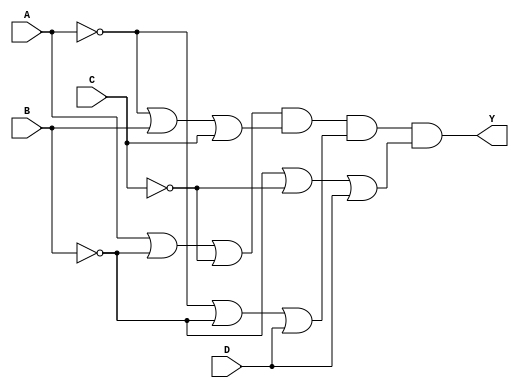
module pos_logic_block (
    input wire A,
    input wire B,
    input wire C,
    input wire D,
    output wire Y
);

// Define the sum terms for the given minterms
wire sum_term1; // Represents (A + B' + C')
wire sum_term2; // Represents (A' + B + C)
wire sum_term3; // Represents (A' + B' + D)
wire sum_term4; // Represents (B' + C' + D)

// Create the sum terms using OR gates
assign sum_term1 = A | (~B) | (~C); // A + B' + C'
assign sum_term2 = (~A) | B | C;   // A' + B + C
assign sum_term3 = (~A) | (~B) | D; // A' + B' + D
assign sum_term4 = (~B) | (~C) | D; // B' + C' + D

// Final output Y is the AND of all the sum terms
assign Y = sum_term1 & sum_term2 & sum_term3 & sum_term4; // (A + B' + C') * (A' + B + C) * (A' + B' + D) * (B' + C' + D)

endmodule